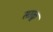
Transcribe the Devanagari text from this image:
साळू